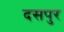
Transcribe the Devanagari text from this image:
दसपुर